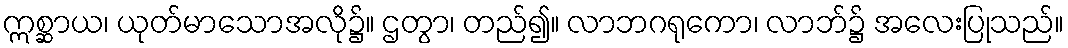
ဣစ္ဆာယ၊ ယုတ်မာသောအလို၌။ ဌတွာ၊ တည်၍။ လာဘဂရုကော၊ လာဘ်၌ အလေးပြုသည်။